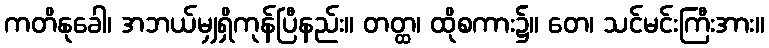
ကတိနုခေါ၊ အဘယ်မျှရှိကုန်ပြီနည်း။ တတ္ထ၊ ထိုစကား၌။ တေ၊ သင်မင်းကြီးအား။